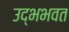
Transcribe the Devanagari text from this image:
उद्भभवत